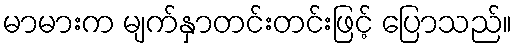
မာမားက မျက်နှာတင်းတင်းဖြင့် ပြောသည်။